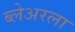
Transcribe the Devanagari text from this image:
ब्लेअरला